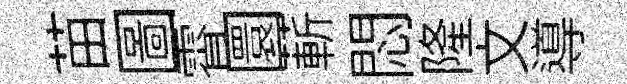
苗圖霄圜蔪悶隆文導